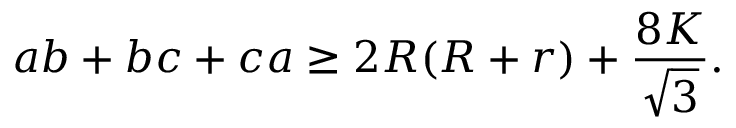
a b + b c + c a \geq 2 R ( R + r ) + { \frac { 8 K } { \sqrt { 3 } } } .